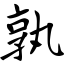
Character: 孰